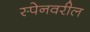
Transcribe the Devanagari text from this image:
स्पेनवरील